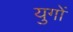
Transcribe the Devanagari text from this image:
युगाें